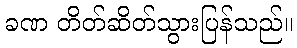
ခဏ တိတ်ဆိတ်သွားပြန်သည်။